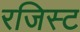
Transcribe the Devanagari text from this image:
रजिस्ट